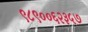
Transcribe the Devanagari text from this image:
९८९००६२३५७